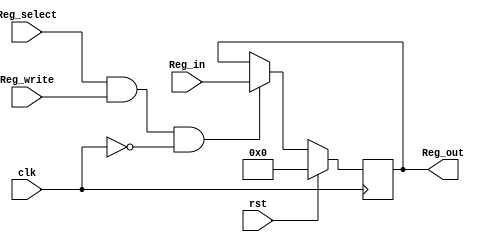
`timescale 1ns / 1ps
//////////////////////////////////////////////////////
// Designer Name: Ooshma Nanga
// Module Name:   Reg32
// Project Name: Three_Stage_Pipelined_MIPS
///////////////////////////////////////////////////////

module Reg32(
	 input rst,
    input [31:0] Reg_in,
	 input clk,
	 input Reg_select,
	 input Reg_write,
    output reg [31:0] Reg_out
    
 );
	 
	 
	 wire w1;
	 and (w1, Reg_select, Reg_write);
	 parameter DEFAULT = 32'b0000;
	 
	 always@(negedge clk)
	 begin
			if (rst==1)
			Reg_out = DEFAULT;
		else if(w1 && (clk==0))
			Reg_out = Reg_in;
		else
			Reg_out = Reg_out;
			
	end


endmodule